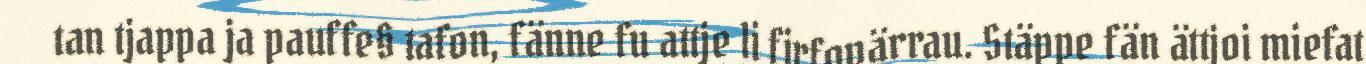
tan tjappa ja pauffe§ tafon, fänne fu attje li firfopärrau. Stäppe fän ättjoi miefat